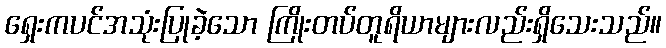
ရှေးကပင်အသုံးပြုခဲ့သော ကြိုးတပ်တူရိယာများလည်းရှိသေးသည်။